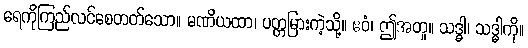
ရေကိုကြည်လင်စေတတ်သော။ မဏိယထာ၊ ပတ္တမြားကဲ့သို့။ ဧဝံ၊ ဤအတူ။ သဒ္ဓါ၊ သဒ္ဓါကို။